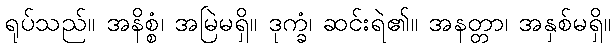
ရုပ်သည်။ အနိစ္စံ၊ အမြဲမရှိ။ ဒုက္ခံ၊ ဆင်းရဲ၏။ အနတ္တာ၊ အနှစ်မရှိ။